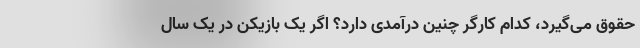
حقوق می‌گیرد، کدام کارگر چنین درآمدی دارد؟ اگر یک بازیکن در یک سال